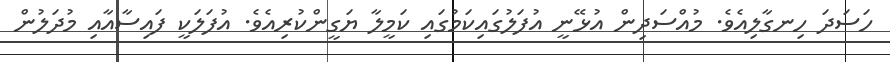
ހަސަދަ ހިނގާލިއެވެ. މުއްސަދިން އުޅޭނީ އުފަލުގައިކަމުގައި ކަމީލާ ޔަގީންކުރިއެވެ. އުފަލަކީ ފައިސާއާއި މުދަލުން